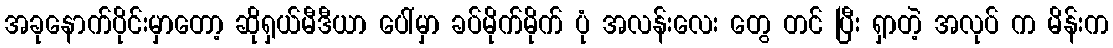
အခုနောက်ပိုင်းမှာတော့ ဆိုရှယ်မီဒီယာ ပေါ်မှာ ခပ်မိုက်မိုက် ပုံ အလန်းလေး တွေ တင် ပြီး ရှာတဲ့ အလုပ် က မိန်းက